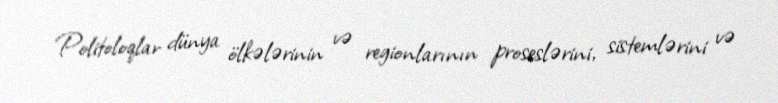
Politoloqlar dünya ölkələrinin və regionlarının proseslərini, sistemlərini və